Indian journal of veterinary science and animal husbandry - Volumes 18-21, 1948-1951
Year: 1948
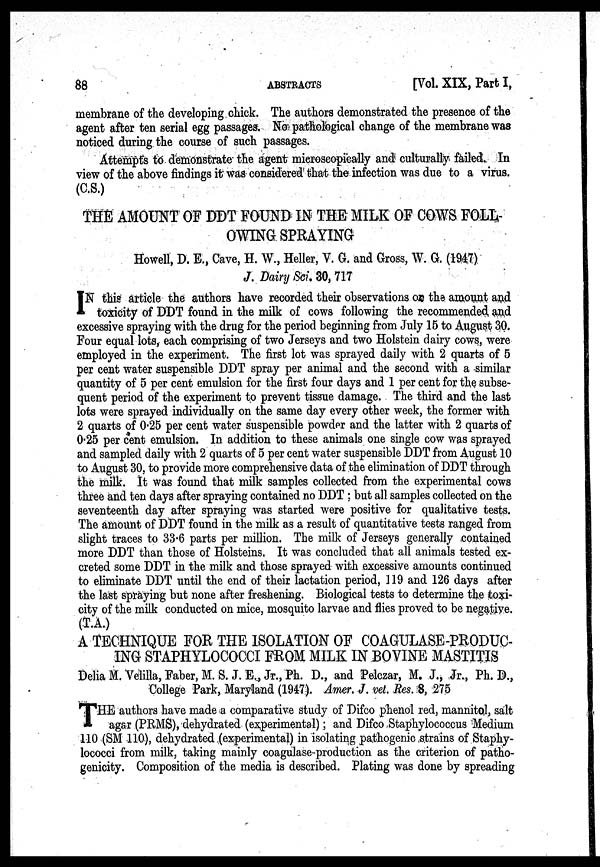
88
ABSTRACTS
[Vol. XIX, Part I,
membrane of the develop g chick. The authors demonstrated the presence of the
agent after ten serial egg passages. No pathological change of the membrane was
noticed during the course of such passages.
Attempts to demonstrate the agent microscopically and culturally failed. In
view of the above findings it was considered that the infection was due to a virus.
(C.S.)
THE AMOUNT OF DDT FOUND IN THE MILK OF COWS FOLL-
OWING SPRAYING
Howell, D. E., Cave, H. W., Heller, V. G. and Gross, W. G. (1947)
J. Dairy Sci. 30, 717
I N this article the authors have recorded their observations on the amount and
toxicity of DDT found in the milk of cows following the recommended and
excessive spraying with the drug for the period beginning from July 15 to August 30.
Four equal lots, each comprising of two Jerseys and two Holstein dairy cows, were
employed in the experiment. The first lot was sprayed daily with 2 quarts of 5
per cent water suspensible DDT spray per animal and the second with a similar
quantity of 5 per cent emulsion for the first four days and 1 per cent for the subse-
quent period of the experiment to prevent tissue damage. The third and the last
lots were sprayed individually on the same day every other week, the former with
2 quarts of 0.25 per cent water suspensible powder and the latter with 2 quarts of
0.25 per cent emulsion. In addition to these animals one single cow was sprayed
and sampled daily with 2 quarts of 5 per cent water suspensible DDT from August 10
to August 30, to provide more comprehensive data of the elimination of DDT through
the milk. It was found that milk samples collected from the experimental cows
three and ten days after spraying contained no DDT; but all samples collected on the
seventeenth day after spraying was started were positive for qualitative tests.
The amount of DDT found in the milk as a result of quantitative tests ranged from
slight traces to 33.6 parts per million. The milk of Jerseys generally contained
more DDT than those of Holsteins. It was concluded that all animals tested ex-
creted some DDT in the milk and those sprayed with excessive amounts continued
to eliminate DDT until the end of their lactation period, 119 and 126 days after
the last spraying but none after freshening. Biological tests to determine the toxi-
city of the milk conducted on mice, mosquito larvae and flies proved to be negative.
(T.A.)
A TECHNIQUE FOR THE ISOLATION OF COAGULASE-PRODUC-
ING STAPHYLOCOCCI FROM MILK IN BOVINE MASTITIS
Delia M. Velilla, Faber, M. S. J. E., Jr., Ph. D., and Pelczar, M. J., Jr., Ph. D.,
College Park, Maryland (1947). Amer. J. vet. Res. 8, 275
T HE authors have made a comparative study of Difco phenol red, mannitol, salt
agar (PRMS), dehydrated (experimental); and Difco Staphylococcus Medium
110 (SM 110), dehydrated (experimental) in isolating pathogenic strains of Staphy-
lococci from milk, taking mainly coagulase-production as the criterion of patho-
genicity. Composition of the media is described. Plating was done by spreading